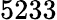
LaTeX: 5233